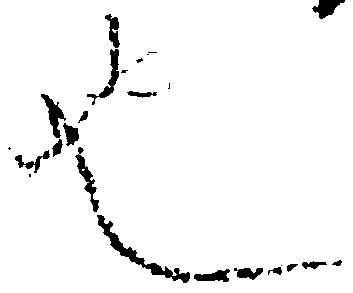
也